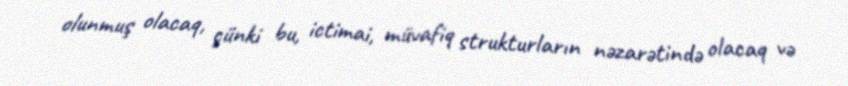
olunmuş olacaq, çünki bu, ictimai, müvafiq strukturların nəzarətində olacaq və